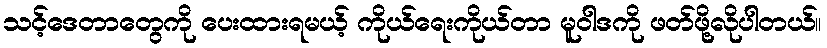
သင့်ဒေတာတွေကို ပေးထားရမယ့် ကိုယ်ရေးကိုယ်တာ မူဝါဒကို ဖတ်ဖို့လိုပါတယ်။